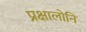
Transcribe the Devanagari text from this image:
प्रक्षालोनि